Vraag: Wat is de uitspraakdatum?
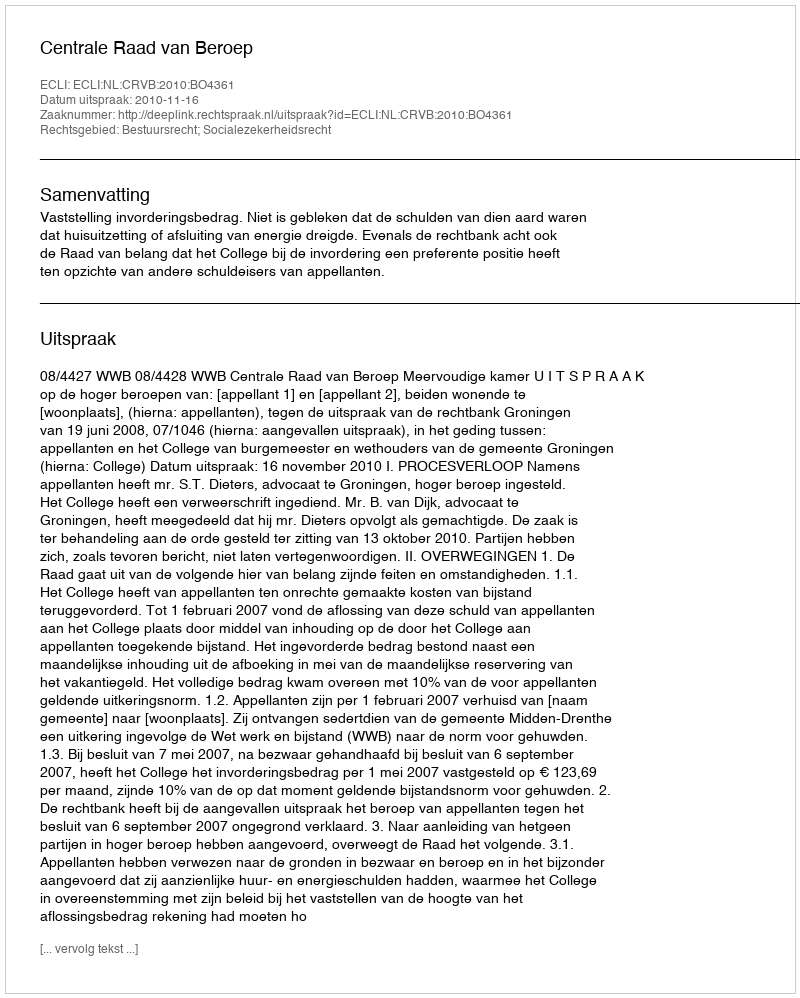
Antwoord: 2010-11-16